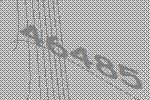
46485